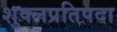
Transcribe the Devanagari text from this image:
शुक्लप्रतिपदा